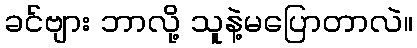
ခင်ဗျား ဘာလို့ သူနဲ့မပြောတာလဲ။